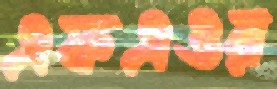
এফএওর